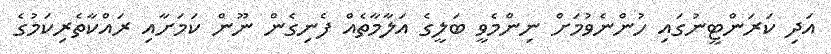
އަދި ކަރަންޓީނުގައި ހުންނެވުމަށް ނިންމެވީ ބަލީގެ އަލާމާތެއް ފެނިގެން ނޫން ކަމަށާއި ރައްކާތެރިކަމުގެ